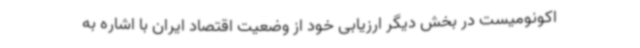
اکونومیست در بخش دیگر ارزیابی خود از وضعیت اقتصاد ایران با اشاره به